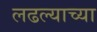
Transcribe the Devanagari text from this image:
लढल्याच्या